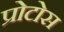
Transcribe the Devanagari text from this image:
प्रोटोस